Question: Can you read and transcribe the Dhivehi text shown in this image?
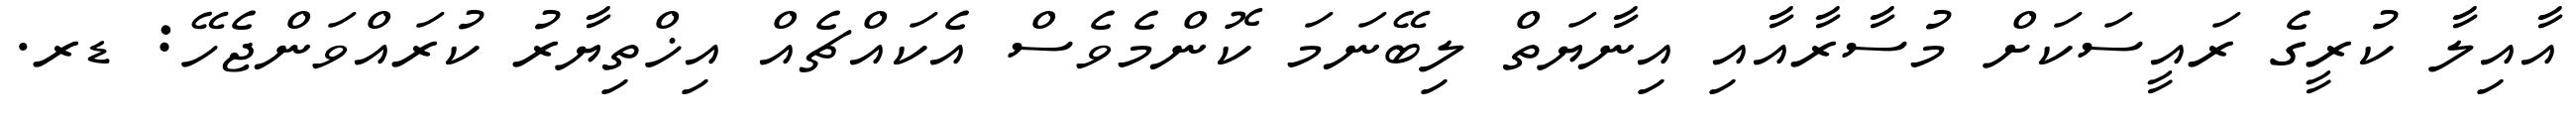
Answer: އާއިލާ ކުރީގެ ރައީސަކަށް މުސާރާއާއި އިނާޔަތް ލިބޭނަމަ ކޮންމެވެސް އެކައްޗެއް އިޚްތިޔާރު ކުރައްވަންޖެހޭ: ޑރ.